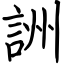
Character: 詶